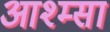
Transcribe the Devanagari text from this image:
आश्म्सा